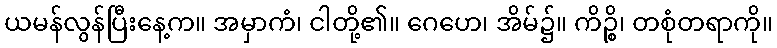
ယမန်လွန်ပြီးနေ့က။ အမှာကံ၊ ငါတို့၏။ ဂေဟေ၊ အိမ်၌။ ကိဉ္စိ၊ တစုံတရာကို။